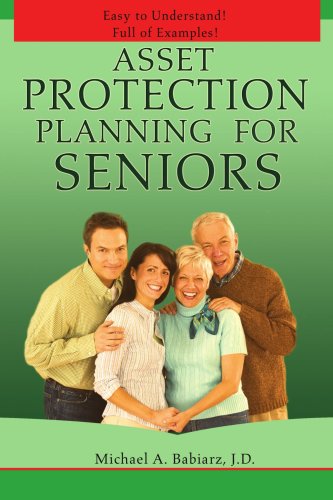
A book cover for Asset Protection Planning for Seniors; Michael Babiarz; Law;